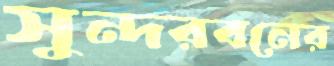
সুন্দরবনের